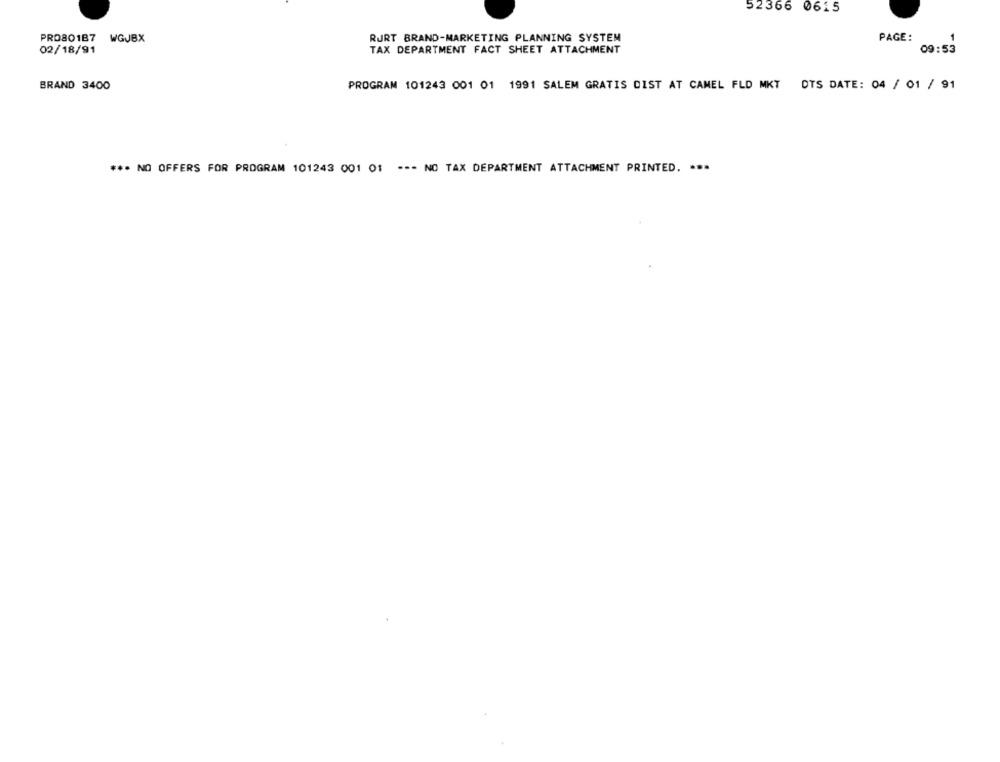
52366 0615
PRO801B7
WGJBX
RURT BRAND-MARKETING PLANNING SYSTEM
PAGE:
1
02/18/91
TAX DEPARTMENT FACT SHEET ATTACHMENT
09:53
BRAND 3400
PROGRAM 101243 001 01 1991 SALEM GRATIS DIST AT CAMEL FLD MKT OTS DATE: 04 / 01 / 91
*** NO OFFERS FOR PROGRAM 101243 001 01 --- NO TAX DEPARTMENT ATTACHMENT PRINTED. ...